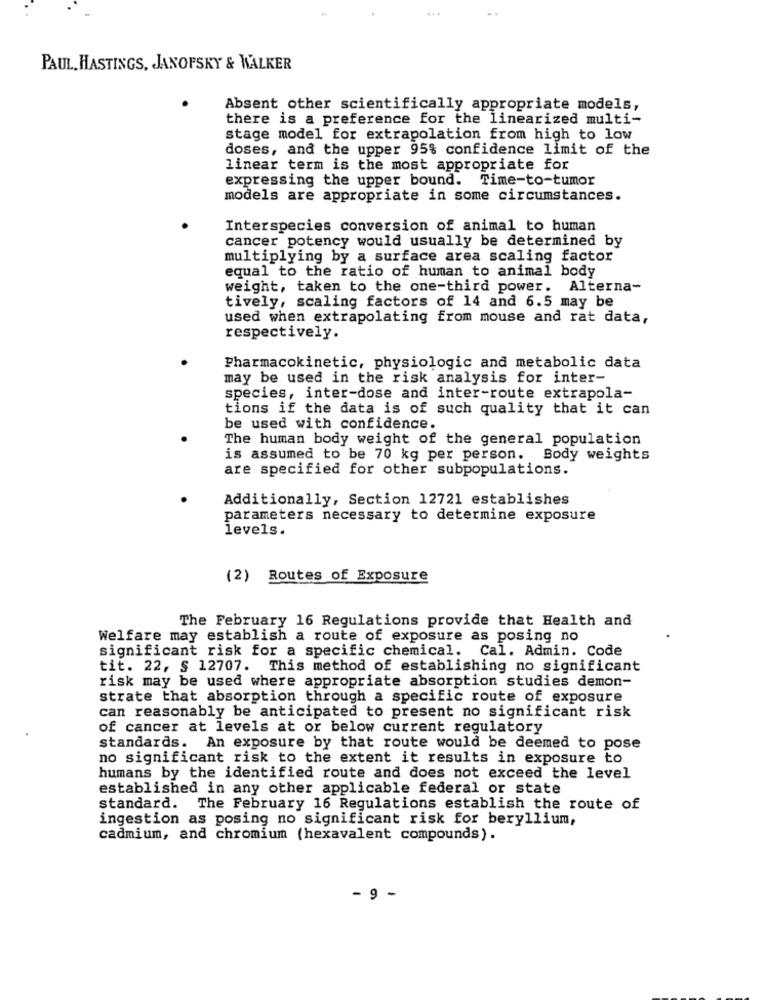
PAUL, HASTINGS, JANOFSKY & WALKER
Absent other scientifically appropriate models,
there is a preference for the linearized multi-
stage model for extrapolation from high to low
doses, and the upper 95% confidence limit of the
linear term is the most appropriate for
expressing the upper bound. Time-to-tumor
models are appropriate in some circumstances.
Interspecies conversion of animal to human
cancer potency would usually be determined by
multiplying by a surface area scaling factor
equal to the ratio of human to animal body
weight, taken to the one-third power. Alterna-
tively, scaling factors of 14 and 6.5 may be
used when extrapolating from mouse and rat data,
respectively.
Pharmacokinetic, physiologic and metabolic data
may be used in the risk analysis for inter-
species, inter-dose and inter-route extrapola-
tions if the data is of such quality that it can
be used with confidence.
The human body weight of the general population
is assumed to be 70 kg per person. Body weights
are specified for other subpopulations.
Additionally, Section 12721 establishes
parameters necessary to determine exposure
levels.
(2) Routes of Exposure
The February 16 Regulations provide that Health and
Welfare may establish a route of exposure as posing no
significant risk for a specific chemical. Cal. Admin. Code
tit. 22, § 12707. This method of establishing no significant
risk may be used where appropriate absorption studies demon-
strate that absorption through a specific route of exposure
can reasonably be anticipated to present no significant risk
of cancer at levels at or below current regulatory
standards. An exposure by that route would be deemed to pose
no significant risk to the extent it results in exposure to
humans by the identified route and does not exceed the level
established in any other applicable federal or state
standard. The February 16 Regulations establish the route of
ingestion as posing no significant risk for beryllium,
cadmium, and chromium (hexavalent compounds).
- 9 -